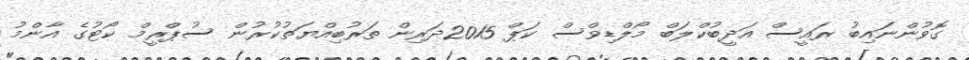
ގޮވުންނައިބު ރައީސް އަދީބުކްލަބް މޯލްޑިވްސް ކަޕް 2015ދަރިން ތަރުބިއްޔަތުކުރުން ސުޕްރީމް ކޯޓުގެ އާންމު